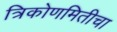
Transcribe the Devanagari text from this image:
त्रिकोणमितीचा